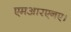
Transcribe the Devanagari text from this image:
एमआरएनए।